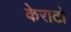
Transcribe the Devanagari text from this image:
केराटो